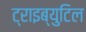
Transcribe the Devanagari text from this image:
ट्राइब्युटिल